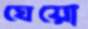
ঘেয়ো